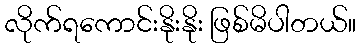
လိုက်ရကောင်းနိုးနိုး ဖြစ်မိပါတယ်။